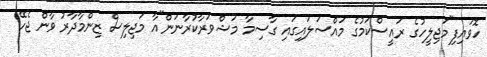
ހޮވައިފި"މަޖިލީހުގެ ރައީސްކަމުގެ މައްސަލައިގައި ގާސިމާ މަޝްވަރާކުރާނަން"އާ މަޖިލިސް ޒިންމާދާރު ވާން ޖެހޭ